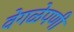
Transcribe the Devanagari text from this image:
वेगळेपणी